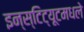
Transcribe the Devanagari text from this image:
इन्स्टिट्यूटमधले